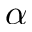
\alpha